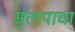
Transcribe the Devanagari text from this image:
संतापाचा